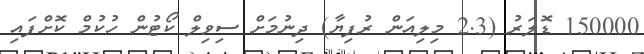
150000 ޑޮލަރު (2.3 މިލިއަން ރުފިޔާ) ދިނުމަށް ސިވިލް ކޯޓުން ހުކުމް ކޮށްފައި